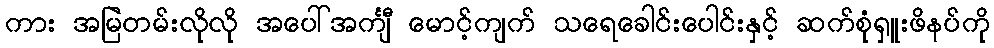
ကား အမြဲတမ်းလိုလို အပေါ်အင်္ကျီ မောင့်ကျက် သရေခေါင်းပေါင်းနှင့် ဆက်စုံရှူးဖိနပ်ကို